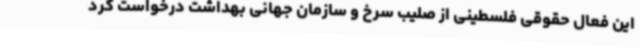
این فعال حقوقی فلسطینی از صلیب سرخ و سازمان جهانی بهداشت درخواست کرد